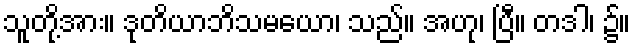
သူတို့အား။ ဒုတိယာဘိသမယော၊ သည်။ အဟု၊ ပြီ။ တဒါ၊ ၌။